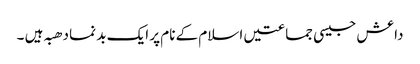
داعش جیسی جماعتیں اسلام کے نام پر ایک بد نما دھبہ ہیں ۔